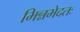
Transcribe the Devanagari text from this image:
भिन्नभेदतः